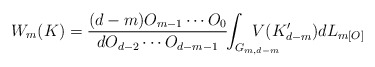
\begin{align*}W_m(K)=\frac{(d-m) O_{m-1}\cdots O_0}{d O_{d-2}\cdots O_{d-m-1}} \!\! \int_{G_{m,d-m}} \!\!\!\!\!\!\!\!\!\!\! V(K'_{d-m})dL_{m [O]}\end{align*}